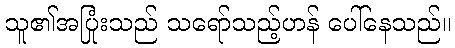
သူ၏အပြုံးသည် သရော်သည့်ဟန် ပေါ်နေသည်။